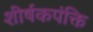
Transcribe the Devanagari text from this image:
शीर्षकपंक्ति